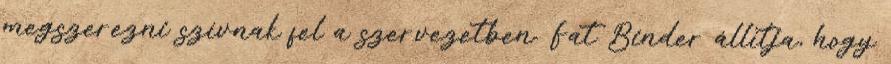
megszerezni szívnak fel a szervezetben. Fat Binder állítja, hogy